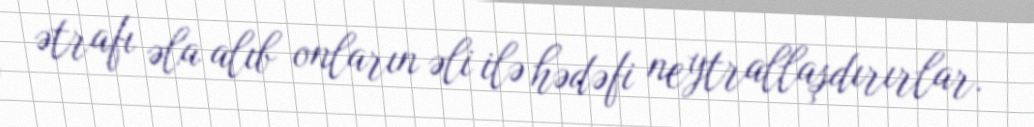
ətrafı əla alıb onların əli ilə hədəfi neytrallaşdırırlar.